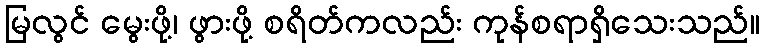
မြလွင် မွေးဖို့၊ ဖွားဖို့ စရိတ်ကလည်း ကုန်စရာရှိသေးသည်။